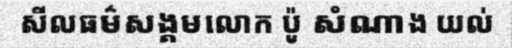
សីលធម៌សង្គមលោក ប៉ូ សំណាង យល់